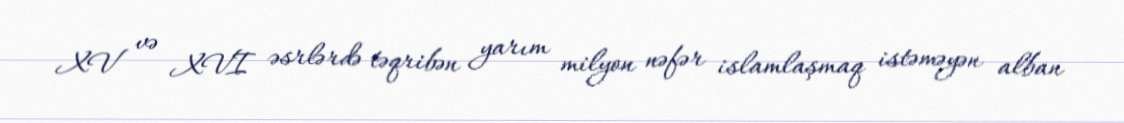
XV və XVI əsrlərdə təqribən yarım milyon nəfər islamlaşmaq istəməyən alban